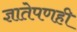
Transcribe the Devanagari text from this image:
ज्ञातेपणही